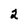
Character: 2